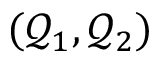
( \mathcal { Q } _ { 1 } , \mathcal { Q } _ { 2 } )